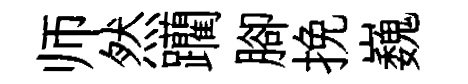
师然躪腳挽巍